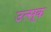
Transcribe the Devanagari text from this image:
उत्सूक